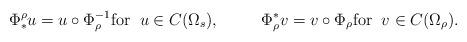
LaTeX: \begin{align*} \Phi^\rho_* u=u\circ \Phi_\rho^{-1} \mbox{for}\;\; u\in C(\Omega_s),\qquad\;\; \Phi^*_\rho v=v \circ \Phi_\rho \mbox{for}\;\; v\in C(\Omega_\rho).\end{align*}